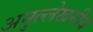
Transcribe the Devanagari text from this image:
अनुल्लेखनीय